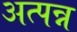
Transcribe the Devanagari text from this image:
अत्पन्न